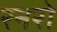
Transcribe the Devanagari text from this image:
रनरो